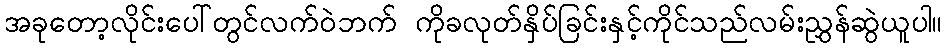
အခုတော့လိုင်းပေါ်တွင်လက်ဝဲဘက် ကိုခလုတ်နှိပ်ခြင်းနှင့်ကိုင်သည်လမ်းညွှန်ဆွဲယူပါ။